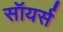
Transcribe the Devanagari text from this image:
सॉयर्स